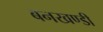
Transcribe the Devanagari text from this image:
बनखण्डी